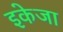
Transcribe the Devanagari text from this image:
इकेजा